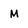
Character: M